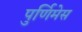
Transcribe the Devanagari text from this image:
पुर्णिमेस